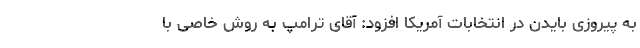
به پیروزی بایدن در انتخابات آمریکا افزود: آقای ترامپ به روش خاصی با